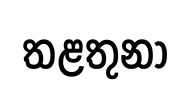
තළතුනා